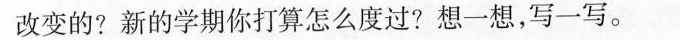
改变的?新的学期你打算怎么度过?想一想，写一写。